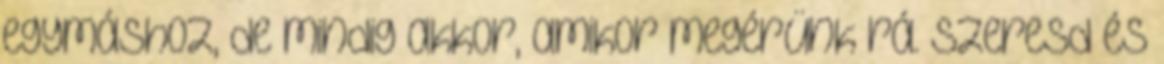
egymáshoz, de mindig akkor, amikor megérünk rá. Szeresd és